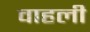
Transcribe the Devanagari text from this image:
वाहली